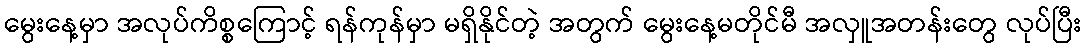
မွေးနေ့မှာ အလုပ်ကိစ္စကြောင့် ရန်ကုန်မှာ မရှိနိုင်တဲ့ အတွက် မွေးနေ့မတိုင်မီ အလှူအတန်းတွေ လုပ်ပြီး